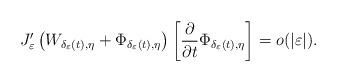
LaTeX: \begin{align*}J_{\varepsilon}'\left(W_{\delta_{\varepsilon}(t),\eta}+\Phi_{\delta_{\varepsilon}(t),\eta}\right)\left[\frac{\partial}{\partial t}\Phi_{\delta_{\varepsilon}(t),\eta}\right]=o(|\varepsilon|).\end{align*}